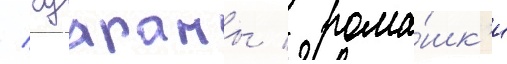
/ гуараны / рома́шк'и